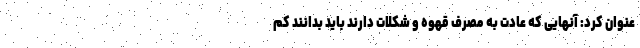
عنوان کرد: آنهایی که عادت به مصرف قهوه و شکلات دارند باید بدانند کم